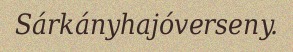
Sárkányhajóverseny.